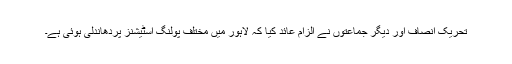
تحریک انصاف اور دیگر جماعتوں نے الزام عائد کیا کہ لاہور میں مختلف پولنگ اسٹیشنز پردھاندلی ہوئی ہے۔